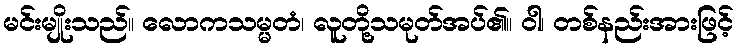
မင်းမျိုးသည်။ လောကသမ္မတံ၊ လူတို့သမုတ်အပ်၏။ ဝါ၊ တစ်နည်းအားဖြင့်